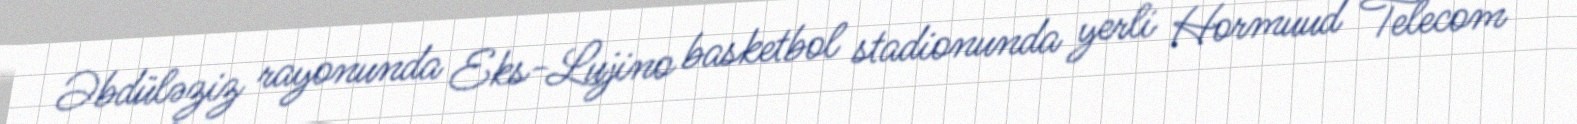
Əbdüləziz rayonunda Eks-Lujino basketbol stadionunda yerli Hormuud Telecom